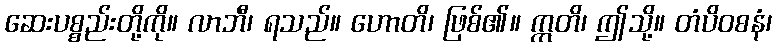
ဆေးပစ္စည်းတို့ကို။ လာဘီ၊ ရသည်။ ဟောတိ၊ ဖြစ်၏။ ဣတိ၊ ဤသို့။ တံပိဝစနံ၊